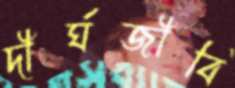
দীর্ঘজীবি